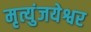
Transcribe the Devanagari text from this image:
मृत्युंजयेश्वर